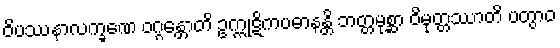
ဝိပဿနာလက္ခဏေ ဝဂ္ဂန္တောတိ ဥက္ကုဋိကပဓာနန္တိ ဘတ္တမုစ္ဆာ ဝိမုတ္တဿာတိ ပတွာဝ